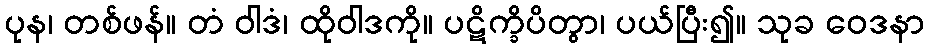
ပုန၊ တစ်ဖန်။ တံ ဝါဒံ၊ ထိုဝါဒကို။ ပဋိက္ခိပိတွာ၊ ပယ်ပြီး၍။ သုခ ဝေဒနာ